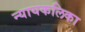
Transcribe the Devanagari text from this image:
न्यायकलिका